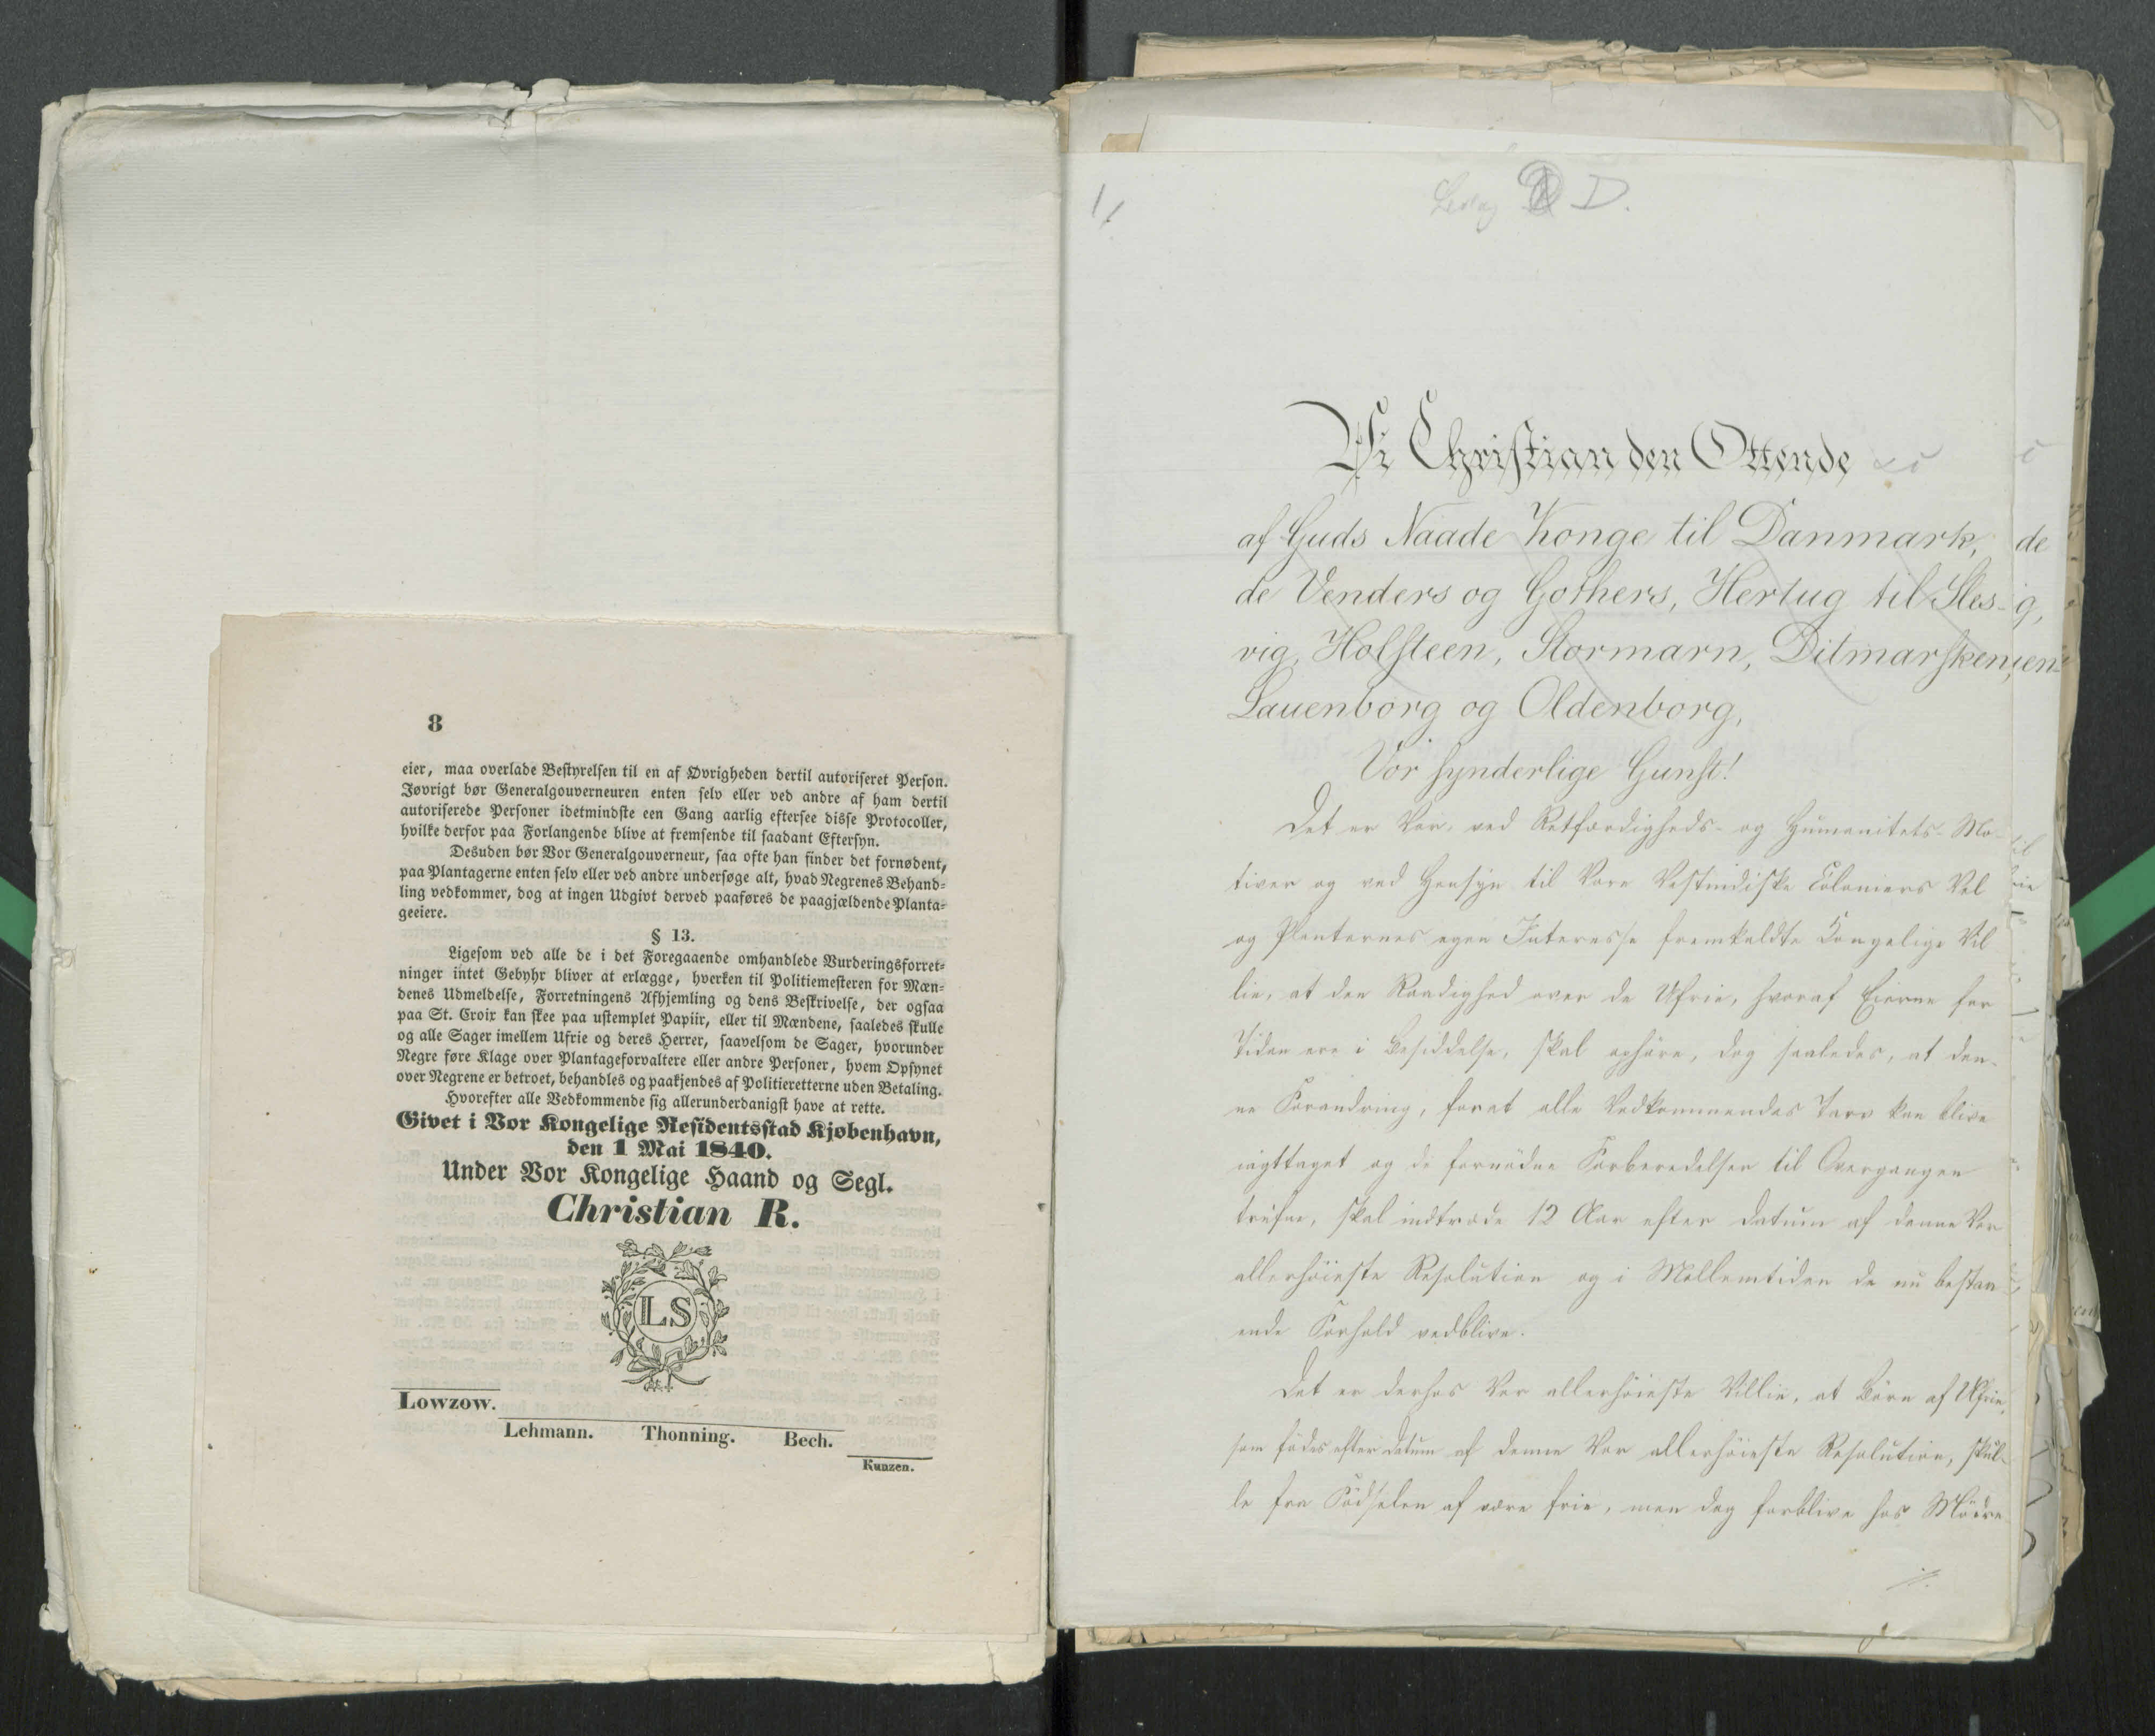
Transkription:
Bilag C D

Vi Christian den Ottende
af Guds Naade Konge til Danmark,
de Venders og Gothers, Hertug til Sles-
vig, Holsteen, Stormarn, Ditmarsken,
Lauenborg og Oldenborg,
Vor synderlige Gunst!
Det er Vor, ved Retfærdigheds- og Humanitetes-Mo-
tiver og ved Hensyn til Vore Vestindiske Coloniers Vel
og Planternes egen Interesse fremkaldte Kongelige Vil
lie, at den Raadighed over de Ufrie, hvoraf Eierne for
Tiden ere i Besiddelse, skal ophøre, dog saaledes, at den-
ne Forandring, for at alle Vedkommendes Tarv kan blive
iagttaget og de fornødne Forberedelser til Overgangen
???, skal indtræde 12 Aar efter Datum af denne Vor
allerhøieste Resolution og i Mellemtiden de nu bestaa
ende Forhold vedblive.
Det er derhos Vor allerhøieste Villie, at Børn af Ufrie,
som fødes efter Datum af dennen Vor allerhøieste Resolution, skul-
le fra Fødselen af være frie, men dog forblive hos Mødre